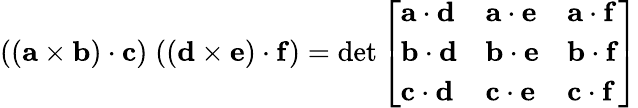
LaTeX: ((\mathbf{a}\times\mathbf{b})\cdot\mathbf{c})\; ((\mathbf{d}\times\mathbf{e})\cdot\mathbf{f})=\operatorname*{det}{\left[\begin{array}{lll}{\mathbf{a}\cdot\mathbf{d}}&{\mathbf{a}\cdot\mathbf{e}}&{\mathbf{a}\cdot\mathbf{f}}\\ {\mathbf{b}\cdot\mathbf{d}}&{\mathbf{b}\cdot\mathbf{e}}&{\mathbf{b}\cdot\mathbf{f}}\\ {\mathbf{c}\cdot\mathbf{d}}&{\mathbf{c}\cdot\mathbf{e}}&{\mathbf{c}\cdot\mathbf{f}}\end{array}\right]}